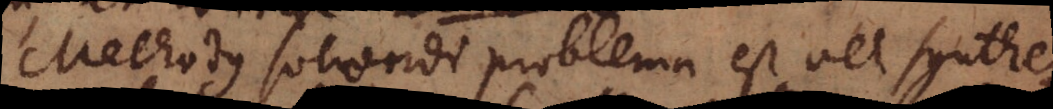
Methodus solvendi problema est vel synthe